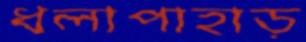
ধলাপাহাড়